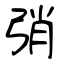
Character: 弰